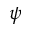
\psi